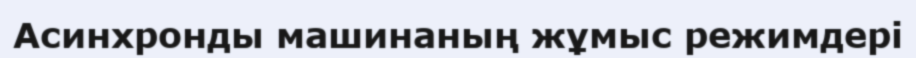
Асинхронды машинаның жұмыс режимдері